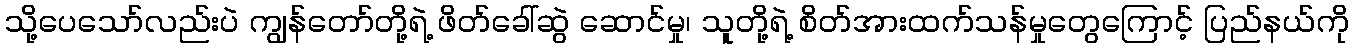
သို့ပေသော်လည်းပဲ ကျွန်တော်တို့ရဲ့ ဖိတ်ခေါ်ဆွဲ ဆောင်မှု၊ သူတို့ရဲ့ စိတ်အားထက်သန်မှုတွေကြောင့် ပြည်နယ်ကို